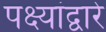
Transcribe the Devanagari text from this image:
पक्ष्यांद्वारे